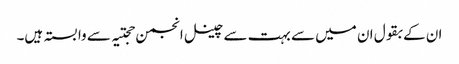
ان کے بقول ان میں سے بہت سے چینل انجمن حجتیہ سے وابستہ ہیں۔